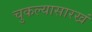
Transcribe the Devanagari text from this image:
चुकल्यासारखं